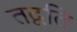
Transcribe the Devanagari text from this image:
तद्वति